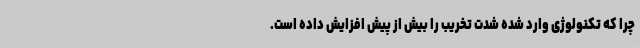
چرا که تکنولوژی وارد شده شدت تخریب را بیش از پیش افزایش داده است.